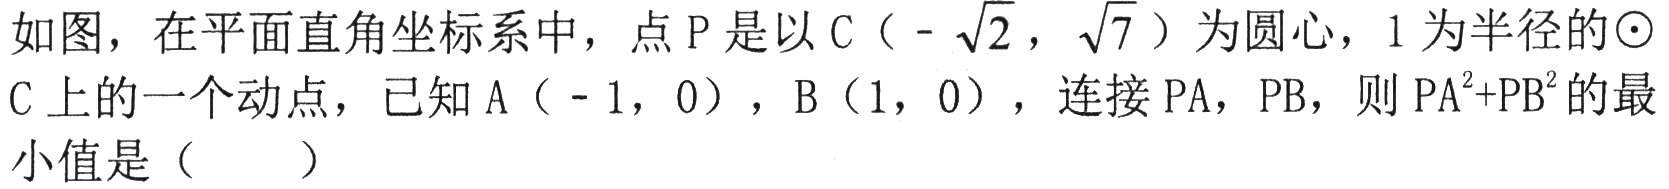
如图，在平面直角坐标系中，点\(P\)是以\(C(-\sqrt{2},\sqrt{7})\)为圆心，\(1\)为半径的\(\odot C\)上的一个动点，已知\(A(-1,0)\)，\(B(1,0)\)，连接\(PA\)，\(PB\)，则\(PA^{2} + PB^{2}\)的最小值是（  ）